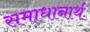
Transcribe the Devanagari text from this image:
समाधानार्थ